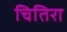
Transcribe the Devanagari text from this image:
चितिरा